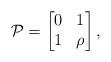
LaTeX: \begin{align*} \mathcal{P} = \begin{bmatrix}0 & 1\\ 1 & \rho\end{bmatrix},\end{align*}